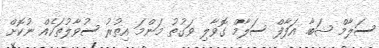
ސަލާމް ޝަބާ. އަފާފް ސަލާމް ގޮވާލި ވަގުތު މަންމަ އިތުރު ސުވާލުތަކެއް ނުކޮށް